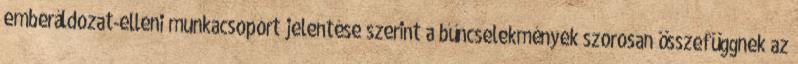
emberáldozat-elleni munkacsoport jelentése szerint a bűncselekmények szorosan összefüggnek az